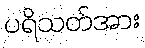
ပရိသတ်အား